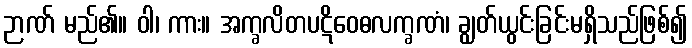
ဉာဏ် မည်၏။ ဝါ၊ ကား။ အက္ခလိတပဋိဝေဓလက္ခဏံ၊ ချွတ်ယွင်းခြင်းမရှိသည်ဖြစ်၍